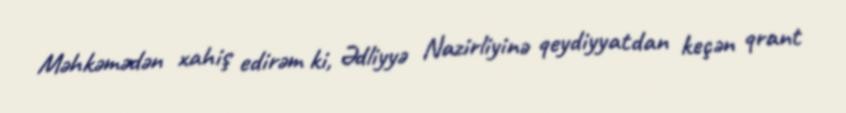
Məhkəmədən xahiş edirəm ki, Ədliyyə Nazirliyinə qeydiyyatdan keçən qrant